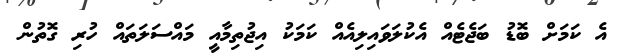
އެ ކަމަށް ބޮޑު ބަޖެޓެއް އެކުލަވައިލިއެއް ކަމަކު އިޖުތިމާއީ މައްސަލަތައް ހުރި ގޮތުން